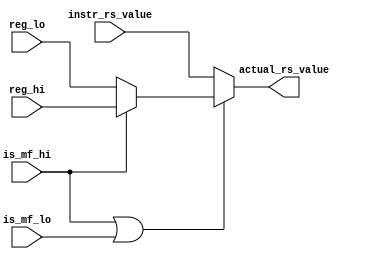


`ifndef MF_UNIT_V
`define MF_UNIT_V



module mf_unit(reg_hi, reg_lo, instr_rs_value, is_mf_hi, is_mf_lo, actual_rs_value);
	
	input wire [31:0] reg_hi;
	input wire [31:0] reg_lo;
	input wire [31:0] instr_rs_value;
	input wire is_mf_hi;
	input wire is_mf_lo;
	output wire [31:0] actual_rs_value;

	wire [31:0] hilo_value;

	assign hilo_value = is_mf_hi ? reg_hi : reg_lo;

	assign actual_rs_value = (is_mf_hi | is_mf_lo) ? hilo_value : instr_rs_value;

endmodule




`endif